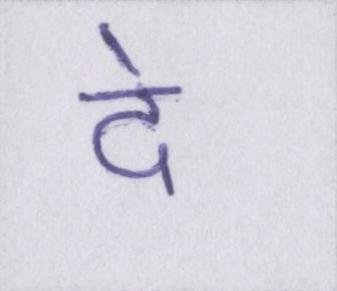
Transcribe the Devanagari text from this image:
दे